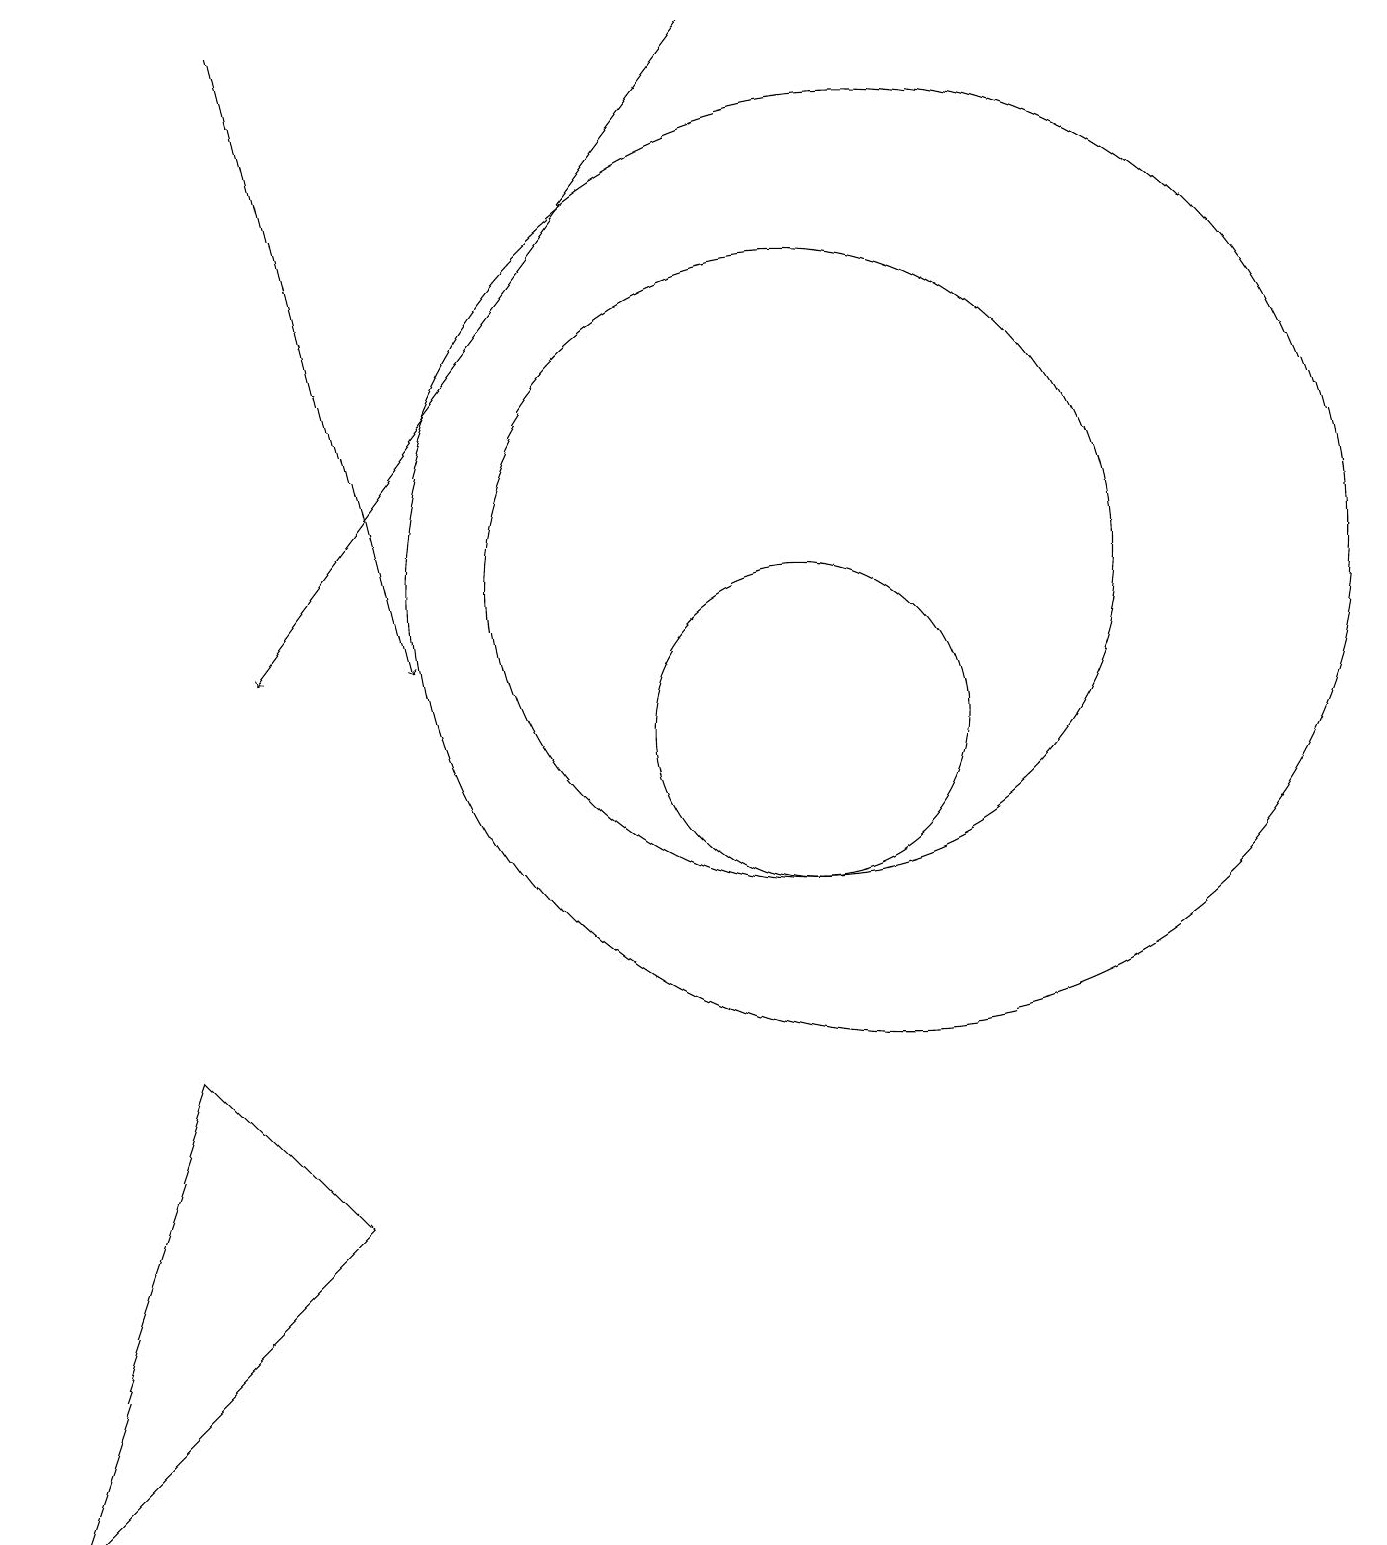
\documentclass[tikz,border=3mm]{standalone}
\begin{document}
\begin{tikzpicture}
\draw (4,4) -- (0,0) -- (2,6) -- cycle;
\draw (10,12) circle (4);
\draw (11,12) circle (6);
\draw[->] (3,19) -- (5,11);
\draw[->] (9,19) -- (3,11);
\draw (11,11) circle (0);
\draw (10,10) circle (2);
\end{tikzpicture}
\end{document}